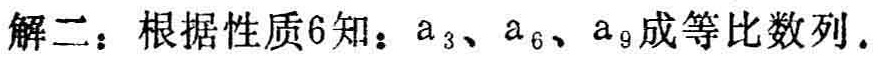
解二：根据性质6知：\(a_{3}、a_{6}、a_{9}\)成等比数列.